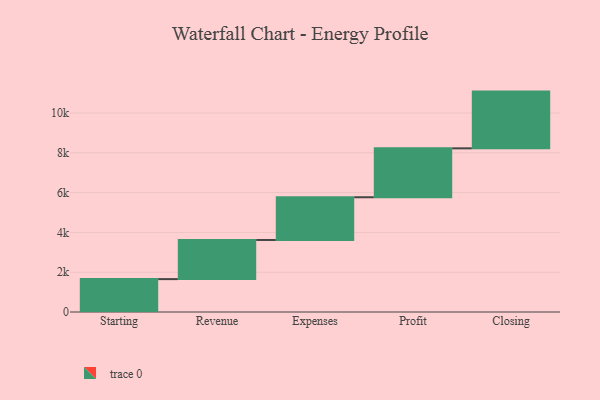
{"axis": {"x": "Step", "y": "Value"}, "legend": [""], "data": [{"x": "Starting", "y": 1653.0, "type": ""}, {"x": "Revenue", "y": 1967.0, "type": ""}, {"x": "Expenses", "y": 2147.0, "type": ""}, {"x": "Profit", "y": 2459.0, "type": ""}, {"x": "Closing", "y": 2851.0, "type": ""}]}